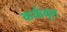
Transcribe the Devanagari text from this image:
कर्कवृत